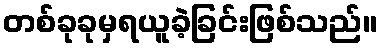
တစ်ခုခုမှရယူခဲ့ခြင်းဖြစ်သည်။